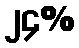
၂၄%